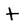
Character: t